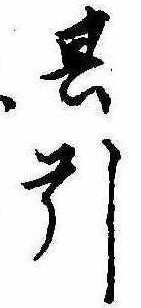
其引